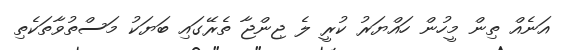
އަނެއް ތިން މީހުން ހައްޔަރު ކުރީ ލެ ޖިންޖާ ތެރޭގައި ބަޔަކު މަސްތުވާތަކެތި